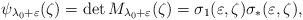
LaTeX: \begin{align*}\psi_{\lambda_0+\varepsilon}(\zeta)=\det M_{\lambda_0+\varepsilon}(\zeta) = \sigma_1(\varepsilon,\zeta) \sigma_*(\varepsilon,\zeta) ,\end{align*}